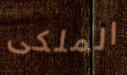
الملكى